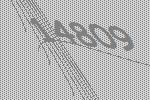
14809